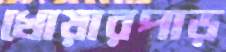
খোয়ারপাড়